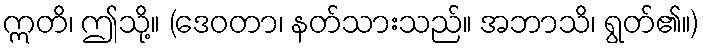
ဣတိ၊ ဤသို့။ (ဒေဝတာ၊ နတ်သားသည်။ အဘာသိ၊ ရွတ်၏။)